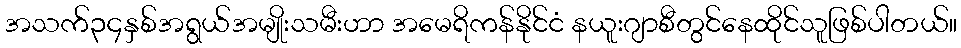
အသက်၃၄နှစ်အရွယ်အမျိုးသမီးဟာ အမေရိကန်နိုင်ငံ နယူးဂျာစီတွင်နေထိုင်သူဖြစ်ပါတယ်။